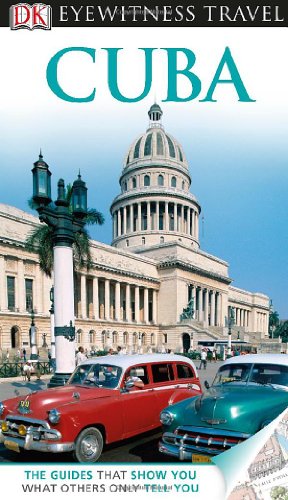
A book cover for DK Eyewitness Travel Guide: Cuba; DK Publishing; Travel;